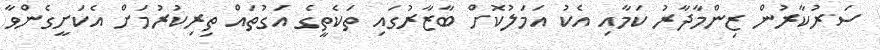
ސަރުކާރުން ޒިންމާދާރު ކަމާއި އެކު އަމަލުކޮށް ބާޒާރުގައި ތަކެތީގެ އަގުތައް ތިިރިކުރުމަށް އެކަށީގެންވާ